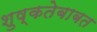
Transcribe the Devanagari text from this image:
शुष्कतेबाबत